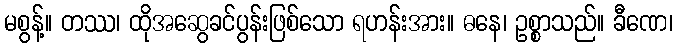
မစွန့်။ တဿ၊ ထိုအဆွေခင်ပွန်းဖြစ်သော ရဟန်းအား။ ဓနေ၊ ဥစ္စာသည်။ ခီဏေ၊